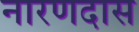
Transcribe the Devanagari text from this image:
नारणदास